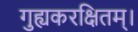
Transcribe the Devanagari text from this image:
गुह्यकरक्षितम्।